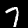
Digit: 7